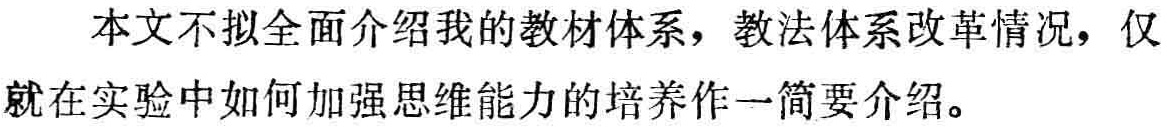
本文不拟全面介绍我的教材体系，教法体系改革情况，仅就在实验中如何加强思维能力的培养作一简要介绍。